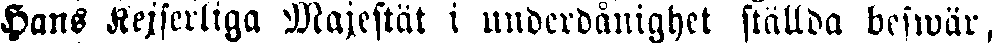
Hans Kejserliga Majestät i underdånighet ställda beswär,